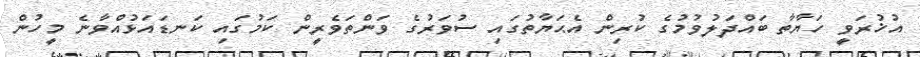
އުޚުރަވީ ހަޔާތާ ބައްދަލުވުމުގެ ކުރިން އެޙަޔާތުގައި ސުވަރުގެ ވަންތަވެރީން ކަމުގައި ކަނޑައަޅުއްވާނެ މީހުން